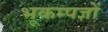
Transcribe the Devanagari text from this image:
भूकम्पज्ञों